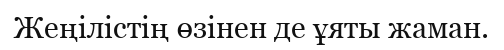
Жеңілістің өзінен де ұяты жаман.